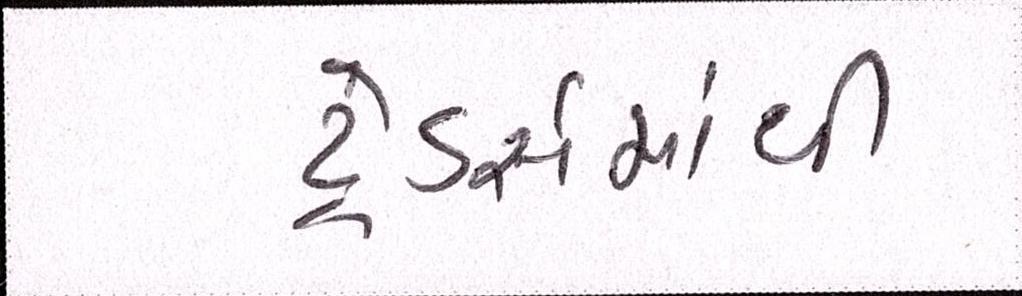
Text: ટ્રેડર્સમાંથી